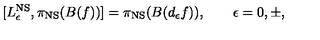
[ L _ { \epsilon } ^ { \mathrm { N S } } , \pi _ { \mathrm { N S } } ( B ( f ) ) ] = \pi _ { \mathrm { N S } } ( B ( d _ { \epsilon } f ) ) , \qquad \epsilon = 0 , \pm ,